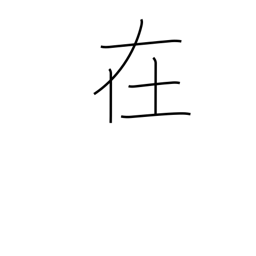
Meaning: suburbs